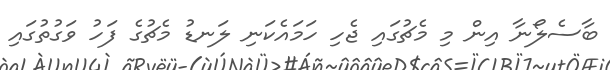
ބާސެލޯނާ އިން މި މެޗުގައި ޖެހި ހަމައެކަނި ލަނޑު މެޗުގެ ފަހު ވަގުތުގައި